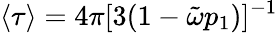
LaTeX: \langle\tau\rangle=4\pi[3(1-\tilde{\omega}p_{1})]^{-1}